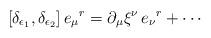
LaTeX: \begin{align*}[\delta_{\epsilon_1},\delta_{\epsilon_2}]\,e_\mu{}^r = \partial_\mu\xi^\nu\,e_\nu{}^r + \cdots\end{align*}